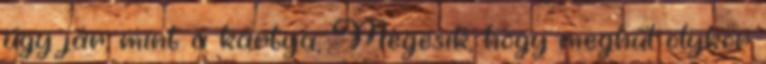
úgy jár, mint a kártya, Megesik, hogy meghűl olykor